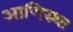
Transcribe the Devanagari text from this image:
आणिस्थः